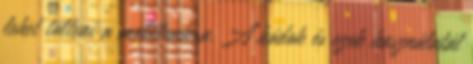
lehet tölteni a mobilunkra. A kódok és ezek használatát